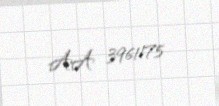
AA 3961175